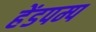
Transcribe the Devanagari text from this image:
हेंडपम्प